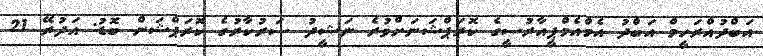
އަބްދުއްރަހީމް އަބްދު އެމްއެމްޕީއާރުސީގެ ކޮރަޕްޝަނަށްވުރެ ނަޝީދު ސަރުކާރުގެ ކޮރަޕްޝަން ބޮޑު: އަދުރޭ 21